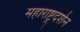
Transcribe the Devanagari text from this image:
महाराष्ट्रदर्शन